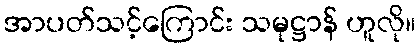
အာပတ်သင့်ကြောင်း သမုဋ္ဌာန် ဟူလို။